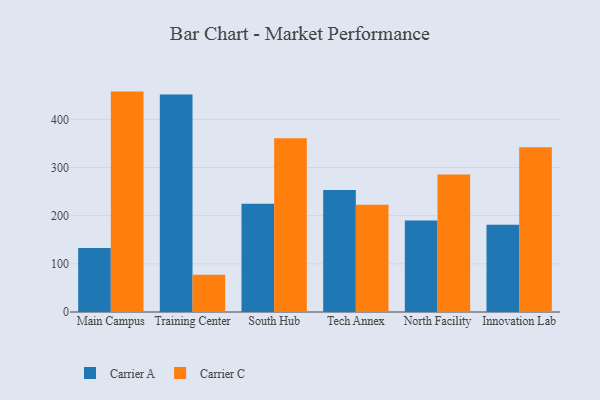
{"axis": {"x": "Campus", "y": "Gross Profit (USD K)"}, "legend": ["Carrier A", "Carrier C"], "data": [{"x": "Main Campus", "y": 133.1, "type": "Carrier A"}, {"x": "Main Campus", "y": 457.7, "type": "Carrier C"}, {"x": "Training Center", "y": 451.6, "type": "Carrier A"}, {"x": "Training Center", "y": 77.5, "type": "Carrier C"}, {"x": "South Hub", "y": 224.9, "type": "Carrier A"}, {"x": "South Hub", "y": 360.9, "type": "Carrier C"}, {"x": "Tech Annex", "y": 253.3, "type": "Carrier A"}, {"x": "Tech Annex", "y": 222.9, "type": "Carrier C"}, {"x": "North Facility", "y": 189.9, "type": "Carrier A"}, {"x": "North Facility", "y": 285.5, "type": "Carrier C"}, {"x": "Innovation Lab", "y": 181.2, "type": "Carrier A"}, {"x": "Innovation Lab", "y": 342.1, "type": "Carrier C"}]}